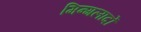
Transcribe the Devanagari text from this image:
मिन्गलादों